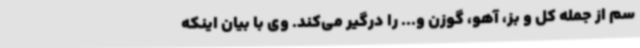
سم از جمله کل و بز، آهو، گوزن و... را درگیر می‌کند. وی با بیان اینکه